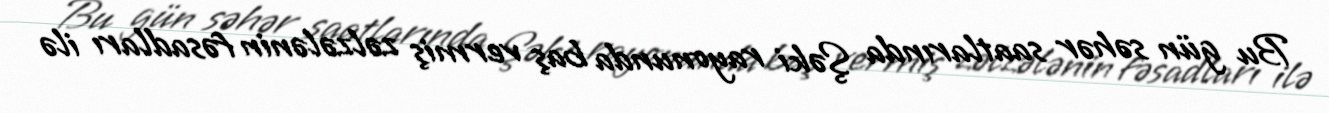
Bu gün səhər saatlarında Şəki rayonunda baş vermiş zəlzələnin fəsadları ilə